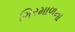
ગિરમાળના